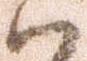
ハ